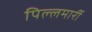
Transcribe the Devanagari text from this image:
पिल्‍लमार्री